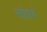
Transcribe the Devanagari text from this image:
मांद्याचे